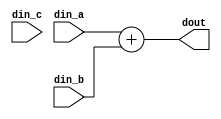
module Adder(din_a, din_b, din_c, dout/*, xorin, xorout*/);

	////////////////////////////////////////////////////////////////////////////////////////////////////////////////////
	// I/O declarations

	(* LOC = "P20 P2 P7 P14" *)
	input wire[3:0] din_a;

	(* LOC = "P3 P19 P6 P15" *)
	input wire[3:0] din_b;

	(* LOC = "P13 P8 P10 P16" *)
	input wire[3:0] din_c;

	(* LOC = "P9 P4 P5 P12" *)
	output wire[3:0] dout;

	/*
	(* LOC = "P13 P8" *)
	input wire[1:0] xorin;

	(* LOC = "P10" *)
	output wire xorout;
	*/

	////////////////////////////////////////////////////////////////////////////////////////////////////////////////////
	// The adder

	assign dout = din_a + din_b/* + din_c*/;
	//assign xorout = ^xorin;

endmodule